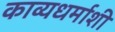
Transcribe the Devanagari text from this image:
काव्यधर्माशी